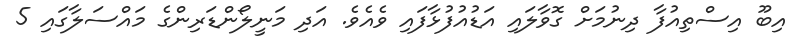
އިބޫ އިސްތިއުފާ ދިނުމަށް ގޮވާލައި އަޑުއުފުޅާފައި ވެއެވެ. އަދި މަނީލޯންޑަރިންގެ މައްސަލާގައި 5